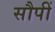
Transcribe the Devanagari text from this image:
सौपीं